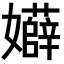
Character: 𡤏